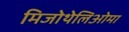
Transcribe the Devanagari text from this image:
मिजोथेलिओमा